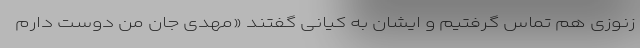
زنوزی هم تماس گرفتیم و ایشان به کیانی گفتند «مهدی جان من دوست دارم